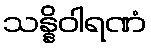
သန္နိဝါရဏံ